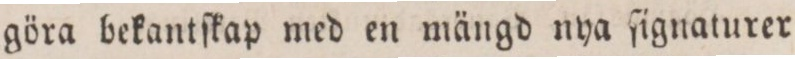
göra bekantſkap med en mängd nya ſignaturer